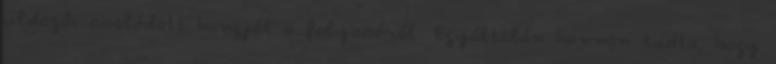
üldözői csalódott hangját a folyosóról. Egyáltalán honnan tudta, hogy